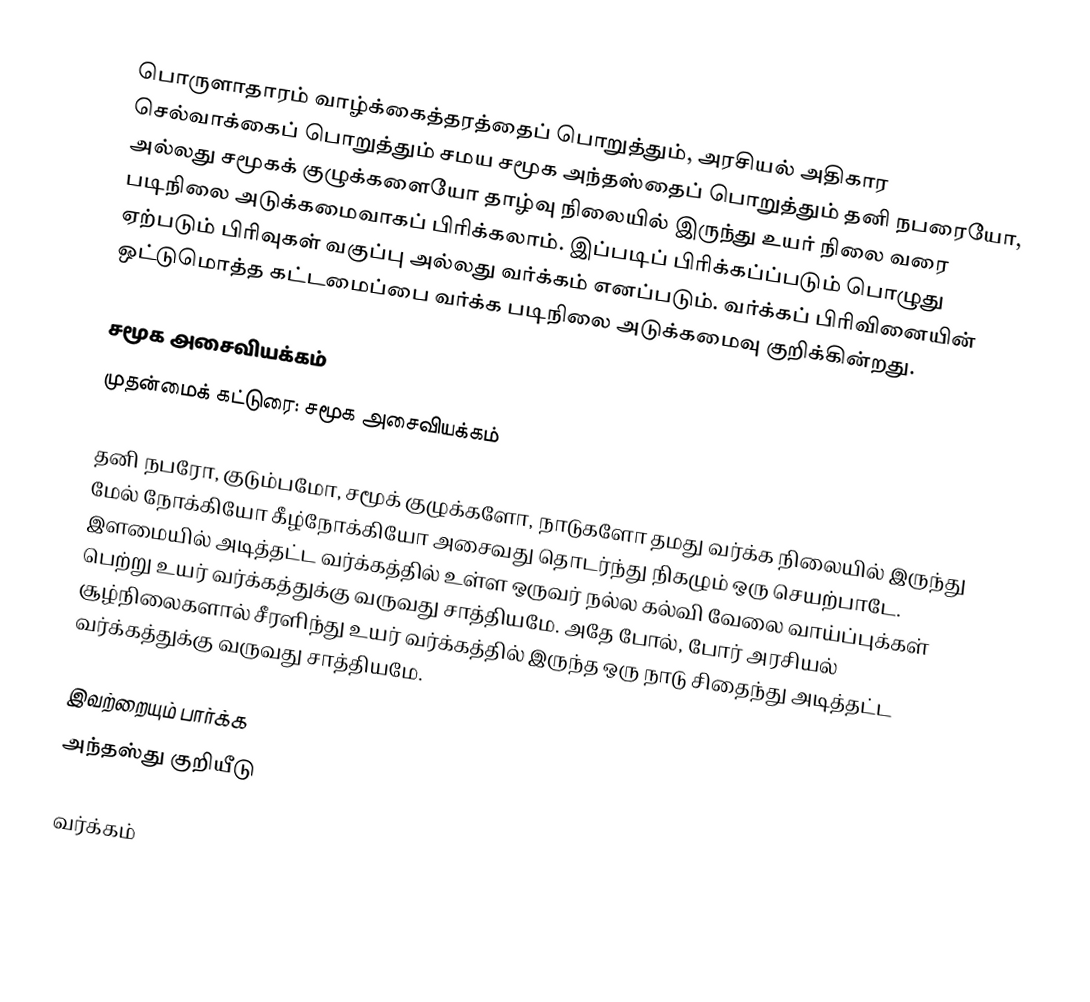
பொருளாதாரம் வாழ்க்கைத்தரத்தைப் பொறுத்தும், அரசியல் அதிகார செல்வாக்கைப் பொறுத்தும் சமய சமூக அந்தஸ்தைப் பொறுத்தும் தனி நபரையோ, அல்லது சமூகக் குழுக்களையோ தாழ்வு நிலையில் இருந்து உயர் நிலை வரை படிநிலை அடுக்கமைவாகப் பிரிக்கலாம்.  இப்படிப் பிரிக்கப்ப்படும் பொழுது ஏற்படும் பிரிவுகள் வகுப்பு அல்லது வர்க்கம் எனப்படும்.  வர்க்கப் பிரிவினையின் ஒட்டுமொத்த கட்டமைப்பை வர்க்க படிநிலை அடுக்கமைவு குறிக்கின்றது.

சமூக அசைவியக்கம்
முதன்மைக் கட்டுரை: சமூக அசைவியக்கம்

தனி நபரோ, குடும்பமோ, சமூக் குழுக்களோ, நாடுகளோ தமது வர்க்க நிலையில் இருந்து மேல் நோக்கியோ கீழ்நோக்கியோ அசைவது தொடர்ந்து நிகழும் ஒரு செயற்பாடே.  இளமையில் அடித்தட்ட வர்க்கத்தில் உள்ள ஒருவர் நல்ல கல்வி வேலை வாய்ப்புக்கள் பெற்று உயர் வர்க்கத்துக்கு வருவது சாத்தியமே.  அதே போல், போர் அரசியல் சூழ்நிலைகளால் சீரளிந்து உயர் வர்க்கத்தில் இருந்த ஒரு நாடு சிதைந்து அடித்தட்ட வர்க்கத்துக்கு வருவது சாத்தியமே.

இவற்றையும் பார்க்க
 அந்தஸ்து குறியீடு

வர்க்கம்